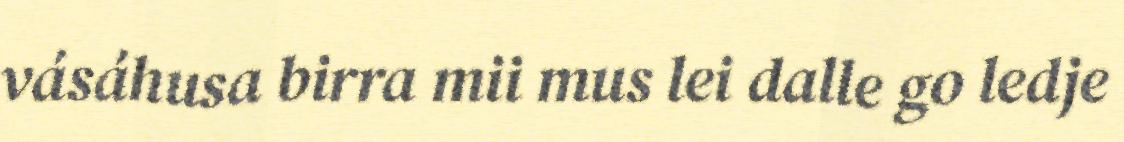
vásáhusa birra mii mus lei dalle go ledje